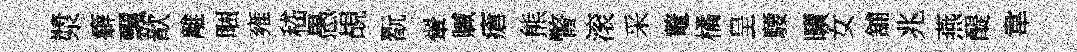
漿癖飄歆離睏雍嵇愚覘翫翬贓瘡熊瞥滚采鼇橘呈騕曠女舖兆燕醍韋